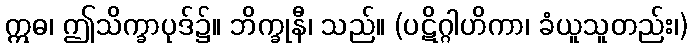
ဣဓ၊ ဤသိက္ခာပုဒ်၌။ ဘိက္ခုနီ၊ သည်။ (ပဋိဂ္ဂါဟိကာ၊ ခံယူသူတည်း၊)